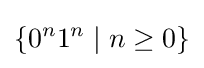
\{0^{n}1^{n}\mid n\geq 0\}